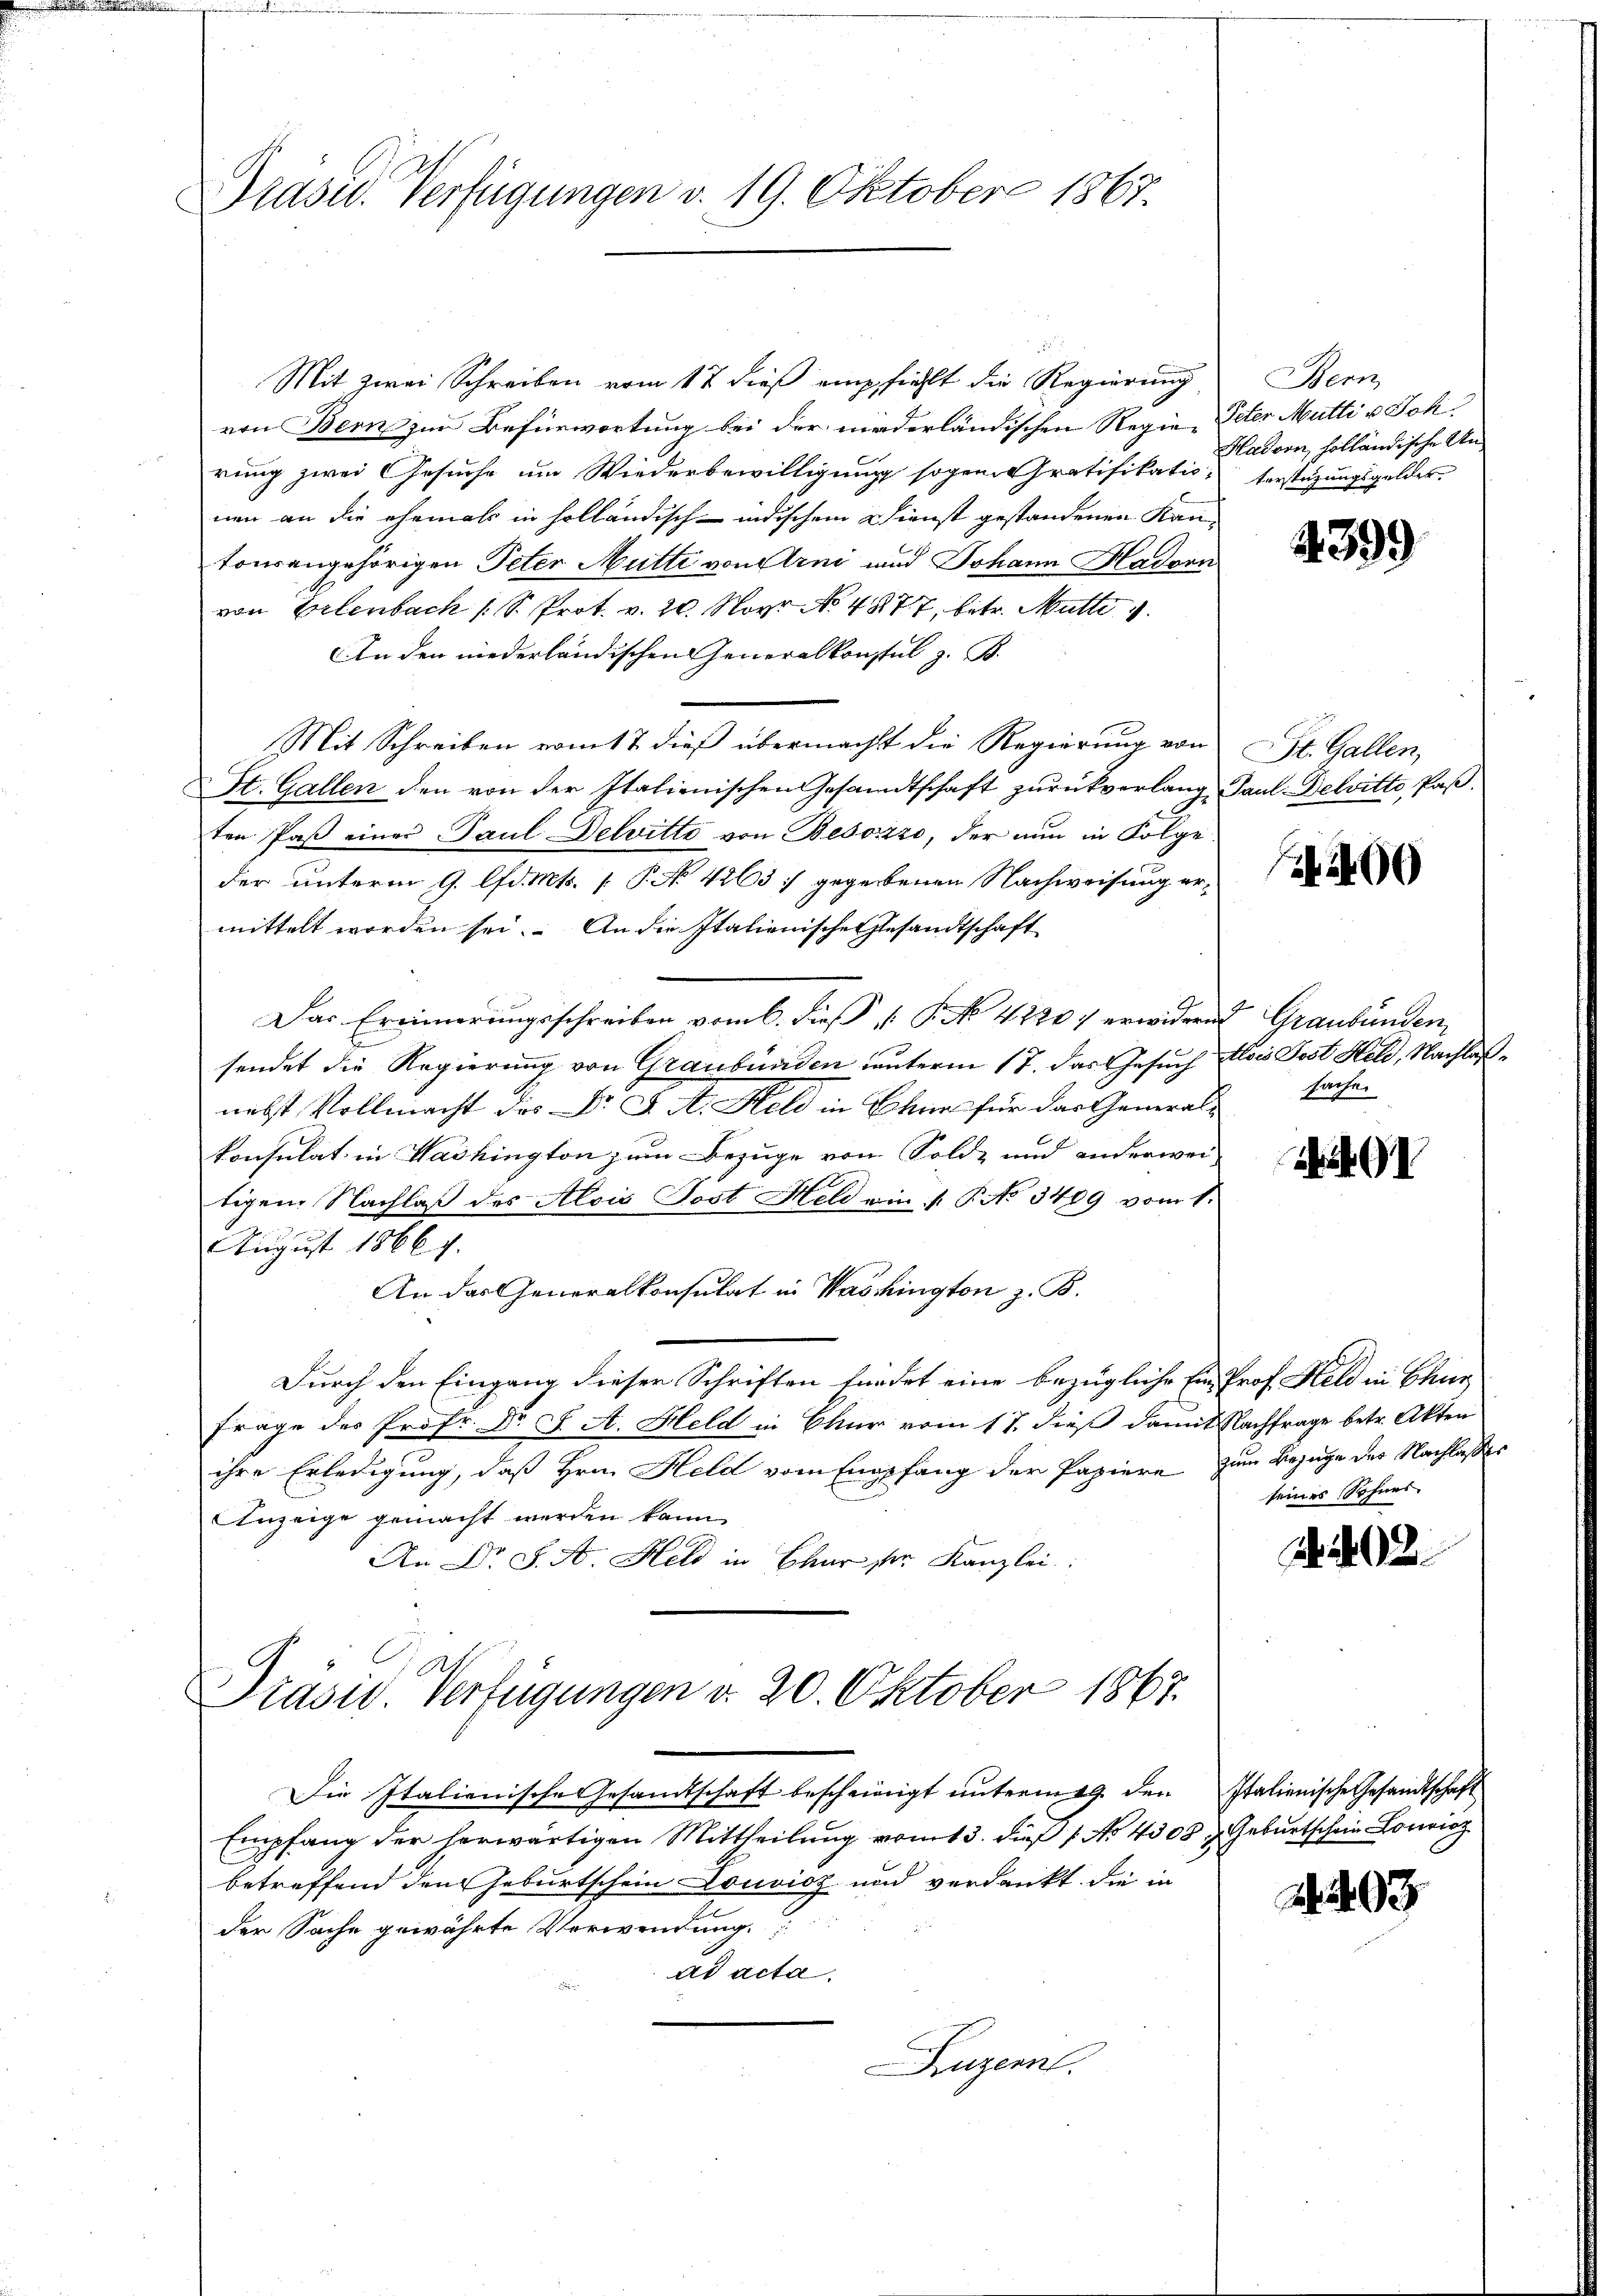
Präsel. Verfügungen v. 19. Oktober 1867.

Mit zwei Schreiben vom 17 dieß empfiehlt die Regierung
von Bern zum Befürwortung bei der niederländischen Regierung zwei Gesuche um Wiederbewilligung sogeneratifikatio-
nen an die ehemals in holländisch-indischem Dienst gestandenen Kantourangehörigen Peter Mutte von Erni und Johann Hadorn
von Erlenbach (S. Prot. v. 20. Novr No. 4877, betr. Mutte
An den niederländischen Generalkonsul z. B.
Mit Schreiben vom 17. dieß übermacht die Regierung von St. Gallen,
St. Gallen den von der Italienischen Gesandtschaft zurückverlang Paul Delvitto Paßten Paß einer Paul Delitte von Besozzo, der nun in Folge.
der unterm 9. lfd. Mts. [ P. No 4263 :/ gegebenen Nachweisung ermittelt worden sei. An die Italienische Gesandtschaft
Das Erinnerungsschreiben vom 6. dieß  P. No 42207 erwidern Graubünden,
sendet die Regierung von Graubünden unterm 17. das Gesuch
nebst Vollmacht des Dr. J. A. Held in Ohne für das Generalkonsulat in Washington zum Bezuge von Sold- und anderwei-
tigem Nachlaß des Alois Post Held ein /: P. No 3409 vom 1.
.
3
August 1866 f.
An das Generalkonsulat in Washington z. B.
Durch den Eingang dieser Schriften findet eine bezügliche Ein Prof. Held in Chur
Frage des Prof. Dr. J. A. Held in Chur vom 17. dieß damit Nachfrage betr. Akten
ihre Erledigung, daß Hrn. Held vom Empfang der Papiere
Anzeige gemacht werden kann.
An Dr. S. A. Held in Baur ser Kanzlei
Präsid. Verfügungen d. 20. Oktober 1867.
Die Italienische Gesandtschaft bescheinigt unterm 19. den
Empfang der herwärtigen Mittheilung vom 13. dieß 1 No 4308, Geburtschein Loiz
betreffend den Geburtschein Louvicz und verdankt, die in
der Sache gewährte Verwendung
ad acta
Luzern.

Bern
Peter Mutti v. Joh.
Hadorn, holländische Anterstüzungsgelder.

4399

269

Alois Post Held, Nachlaßsache.

zum Bezuge der Nachlasses
seines Sohnes

402.

Italienische Gesandtschaft

2. 493